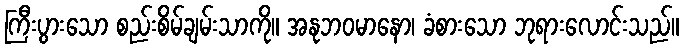
ကြီးပွားသော စည်းစိမ်ချမ်းသာကို။ အနုဘဝမာနော၊ ခံစားသော ဘုရားလောင်းသည်။